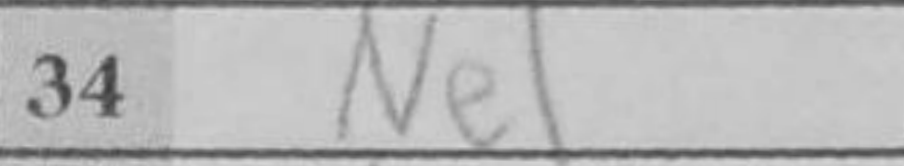
Transcription: Ne1